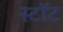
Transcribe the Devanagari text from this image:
स्टॉट